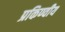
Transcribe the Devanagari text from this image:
प्रकिण्वीय